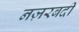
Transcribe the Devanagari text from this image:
नज़रबदी